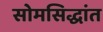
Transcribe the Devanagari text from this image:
सोमसिद्धांत